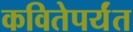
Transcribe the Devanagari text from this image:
कवितेपर्यंत